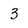
Character: 3